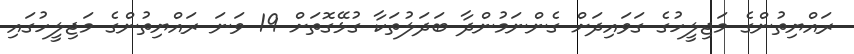
ރައްޔިތުންގެ މަޖިލީހުގެ ގަވައިދަށް ގެންނަމުންދާ ބަދަލުތަކާ ގުޅޭގޮތަށް 19 ވަނަ ރައްޔިތުންގެ މަޖިލީހުގައި